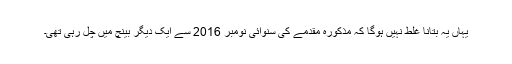
یہاں یہ بتانا غلط نہیں ہوگا کہ مذکورہ مقدمے کی سنوائی نومبر 2016 سے ایک دیگر بینچ میں چل رہی تھی۔